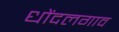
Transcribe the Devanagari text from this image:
धोंदलगाव